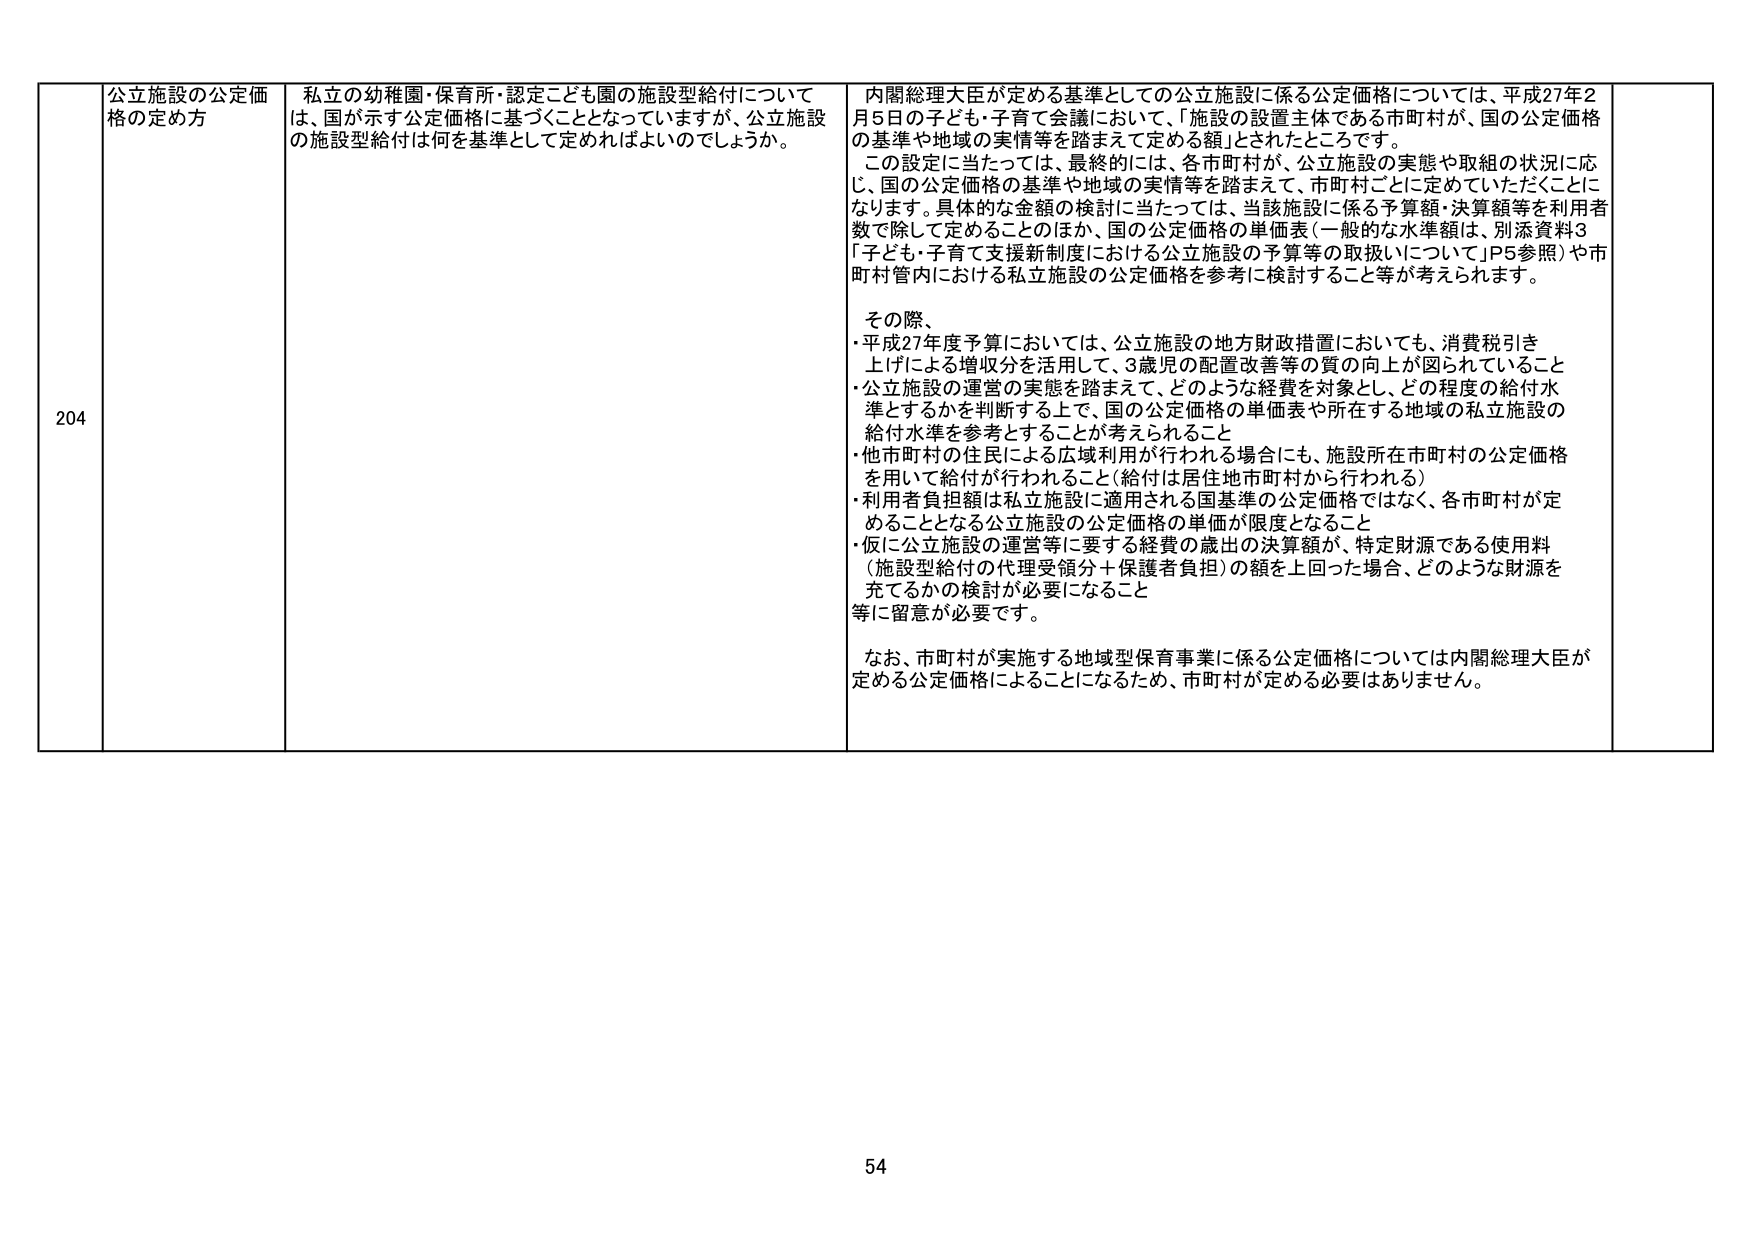
204
公立施設の公定価格の定め方
私立の幼稚園・保育所・認定こども園の施設型給付については、国が示す公定価格に基づくこととなっていますが、公立施設の施設型給付は何を基準として定めればよいのでしょうか。
内閣総理大臣が定める基準としての公立施設に係る公定価格については、平成27年2月5日の子ども・子育て会議において、「施設の設置主体である市町村が、国の公定価格の基準や地域の実情等を踏まえて定める額」とされたところです。
この設定に当たっては、最終的には、各市町村が、公立施設の実態や取組の状況に応じ、国の公定価格の基準や地域の実情等を踏まえて、市町村ごとに定めていただくことになります。具体的な金額の検討に当たっては、当該施設に係る予算額・決算額等を利用者数で除して定めることのほか、国の公定価格の単価表（一般的な水準額は、別添資料3「子ども・子育て支援新制度における公立施設の予算等の取扱いについて」P5参照）や市町村管内における私立施設の公定価格を参考に検討すること等が考えられます。
その際、
・平成27年度予算においては、公立施設の地方財政措置においても、消費税引き上げによる増収分を活用して、3歳児の配置改善等の質の向上が図られていること
・公立施設の運営の実態を踏まえて、どのような経費を対象とし、どの程度の給付水準とするかを判断する上で、国の公定価格の単価表や所在する地域の私立施設の給付水準を参考とすることが考えられること
・他市町村の住民による広域利用が行われる場合にも、施設所在市町村の公定価格を用いて給付が行われること（給付は居住地市町村から行われる）
・利用者負担額は私立施設に適用される国基準の公定価格ではなく、各市町村が定めることとなる公立施設の公定価格の単価が限度となること
・仮に公立施設の運営等に要する経費の歳出の決算額が、特定財源である使用料（施設型給付の代理受領分＋保護者負担）の額を上回った場合、どのような財源を充てるかの検討が必要になること
等に留意が必要です。
なお、市町村が実施する地域型保育事業に係る公定価格については内閣総理大臣が定める公定価格によることになるため、市町村が定める必要はありません。
54